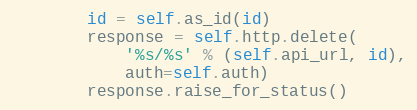
Language: Python
        id = self.as_id(id)
        response = self.http.delete(
            '%s/%s' % (self.api_url, id),
            auth=self.auth)
        response.raise_for_status()